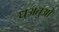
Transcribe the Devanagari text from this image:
धअतुओ